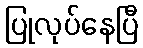
ပြုလုပ်နေပြီ